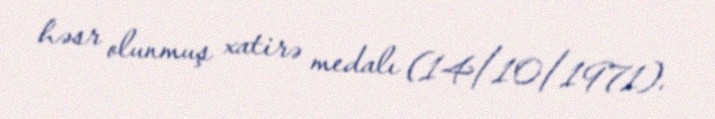
həsr olunmuş xatirə medalı (14/10/1971).